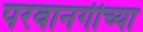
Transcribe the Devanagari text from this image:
परवानगीच्या